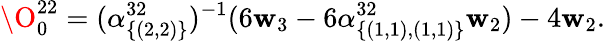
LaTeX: \O_{0}^{22}=(\alpha_{\{ (2,2)\} }^{32})^{-1}(6\mathbf{w}_{3}-6\alpha_{\{ (1,1),(1,1)\} }^{32}\mathbf{w}_{2})-4\mathbf{w}_{2}.